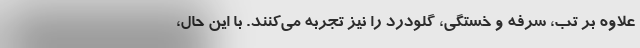
علاوه بر تب، سرفه و خستگی، گلودرد را نیز تجربه می‌کنند. با این حال،